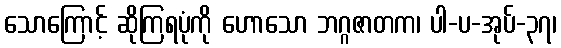
သောကြောင့် ဆိုကြရပုံကို ဟောသော ဘဂ္ဂဇာတက၊ ပါ-ပ-အုပ်-၃၇၊